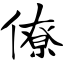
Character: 僚